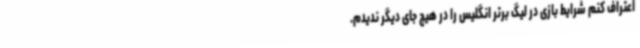
اعتراف کنم شرایط بازی در لیگ برتر انگلیس را در هیچ جای دیگر ندیدم.